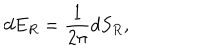
LaTeX: d E _ { R } = { \frac { 1 } { 2 \pi } } d S _ { R } ,